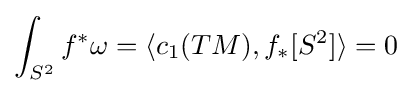
\int _{S^{2}}f^{*}\omega =\langle c_{1}(TM),f_{*}[S^{2}]\rangle =0